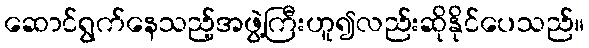
ဆောင်ရွက်နေသည့်အဖွဲ့ကြီးဟူ၍လည်းဆိုနိုင်ပေသည်။